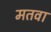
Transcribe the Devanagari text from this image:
मतवा